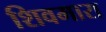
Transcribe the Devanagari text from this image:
शिवमारा